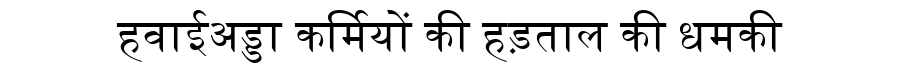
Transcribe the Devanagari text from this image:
हवाईअड्डा कर्मियों की हड़ताल की धमकी